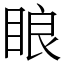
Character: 䀶